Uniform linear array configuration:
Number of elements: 12
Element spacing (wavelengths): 0.25
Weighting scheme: blackman
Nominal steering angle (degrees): -30
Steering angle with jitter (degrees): -28.458
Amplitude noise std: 0.05
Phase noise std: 0.05

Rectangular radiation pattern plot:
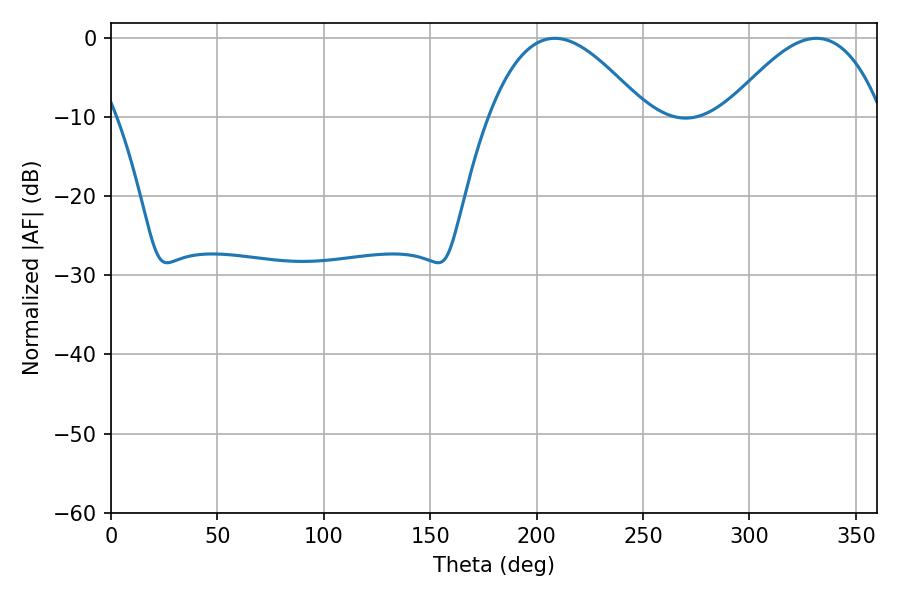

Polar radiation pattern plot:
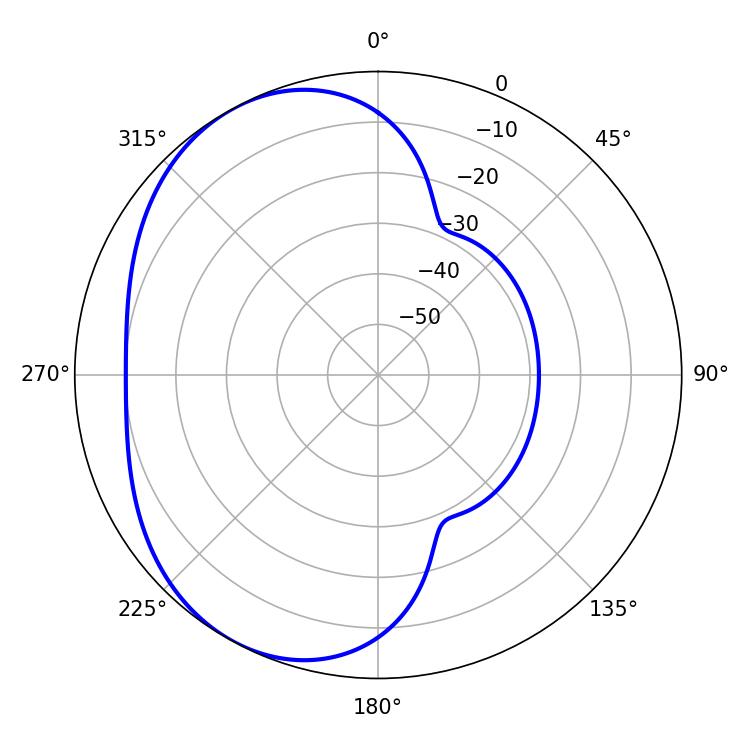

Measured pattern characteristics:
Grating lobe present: FALSE
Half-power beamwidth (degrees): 39.96
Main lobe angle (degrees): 208.62